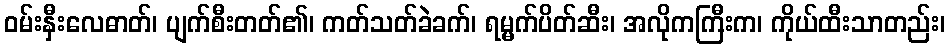
ဝမ်းနှီးလေဓာတ်၊ ပျက်စီးတတ်၏၊ ကတ်သတ်ခဲခက်၊ ရမ္မက်ပိတ်ဆီး၊ အလိုကကြီးက၊ ကိုယ်ထီးသာတည်း၊